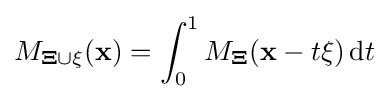
M_{\mathbf {\Xi } \cup \xi }(\mathbf {x} )=\int _{0}^{1}M_{\mathbf {\Xi } }(\mathbf {x} -t\xi )\,{\rm {d}}t